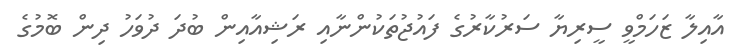
އާއިލާ ޒަހަމްވީ ސީރިޔާ ސަރުކާރުގެ ފައުޖުތަކުންނާއި ރަޝިއާއިން ބުދަ ދުވަހު ދިން ބޮމުގެ